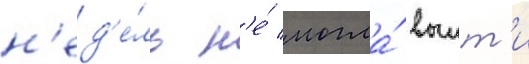
н'ед'е́ль н'е́ могла́ выит'и